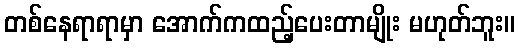
တစ်နေရာရာမှာ အောက်ကထည့်ပေးတာမျိုး မဟုတ်ဘူး။